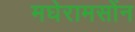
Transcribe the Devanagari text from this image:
मघेरामसोंन